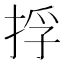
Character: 捊